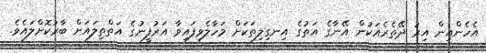
އެހެންއިން އިރު ދޭތެރެއަކުން އޭނާގެ އަތުގެ އިނގިލިތަކަށް މަހާލެވިފައިވާ އަރުފީނުގެ އަތްތިލައަށް ބާރުކޮށްލައެވެ.